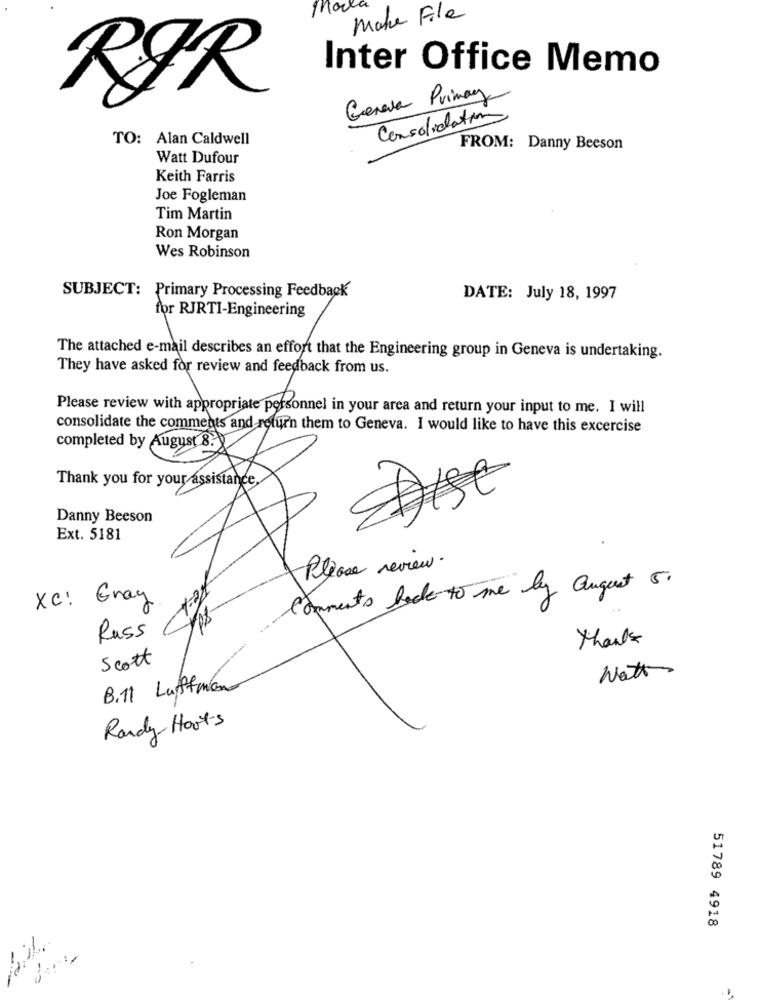
Mora
Make File
Inter Office Memo
RØR
Geneva Primay
Consolidation
TO: Alan Caldwell
FROM: Danny Beeson
Watt Dufour
Keith Farris
Joe Fogleman
Tim Martin
Ron Morgan
Wes Robinson
SUBJECT: Primary Processing Feedback
DATE: July 18, 1997
for RJRTI-Engineering
The attached e-mail describes an effort that the Engineering group in Geneva is undertaking.
They have asked for review and feedback from us.
Please review with appropriate personnel in your area and return your input to me. I will
consolidate the comments and return them to Geneva. I would like to have this excercise
completed by August 8. 8
Thank you for your assistance
Dist
Danny Beeson
Ext. 5181
Please review.
Comments back to me by august 5.
Xc: Gray
Russ
thanks
Scott
Watt
B.11 Luftman
Randy Horts
51789 4918